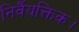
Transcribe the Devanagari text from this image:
निर्वैयक्तिक।